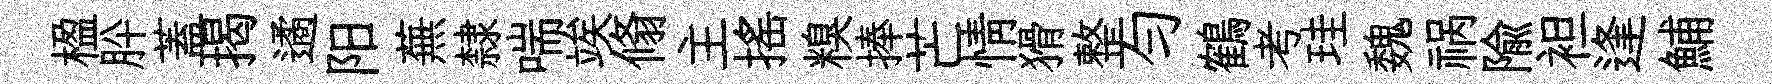
楹肸蓋揭遹阳蕪隸喘竢翛主揺糗捧芒情猾整勻鶴考珪魏祸隃袒逢鯆